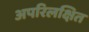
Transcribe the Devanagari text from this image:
अपरिलक्षित